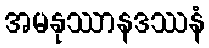
အမနုဿာနဒဿနံ